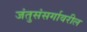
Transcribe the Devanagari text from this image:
जंतुसंसर्गावरील